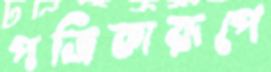
পত্রিকারূপে